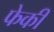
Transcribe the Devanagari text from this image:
फेकीं